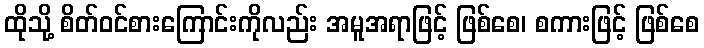
ထိုသို့ စိတ်ဝင်စားကြောင်းကိုလည်း အမူအရာဖြင့် ဖြစ်စေ၊ စကားဖြင့် ဖြစ်စေ